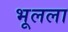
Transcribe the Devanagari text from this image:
भूलला